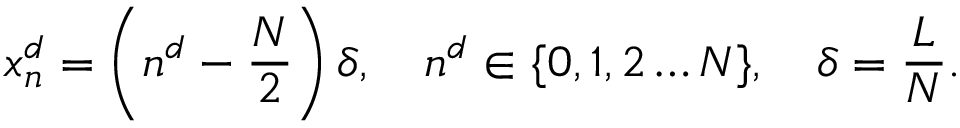
x _ { n } ^ { d } = \left( n ^ { d } - \frac { N } { 2 } \right) \delta , \quad n ^ { d } \in \{ 0 , 1 , 2 \dots N \} , \quad \delta = \frac { L } { N } .